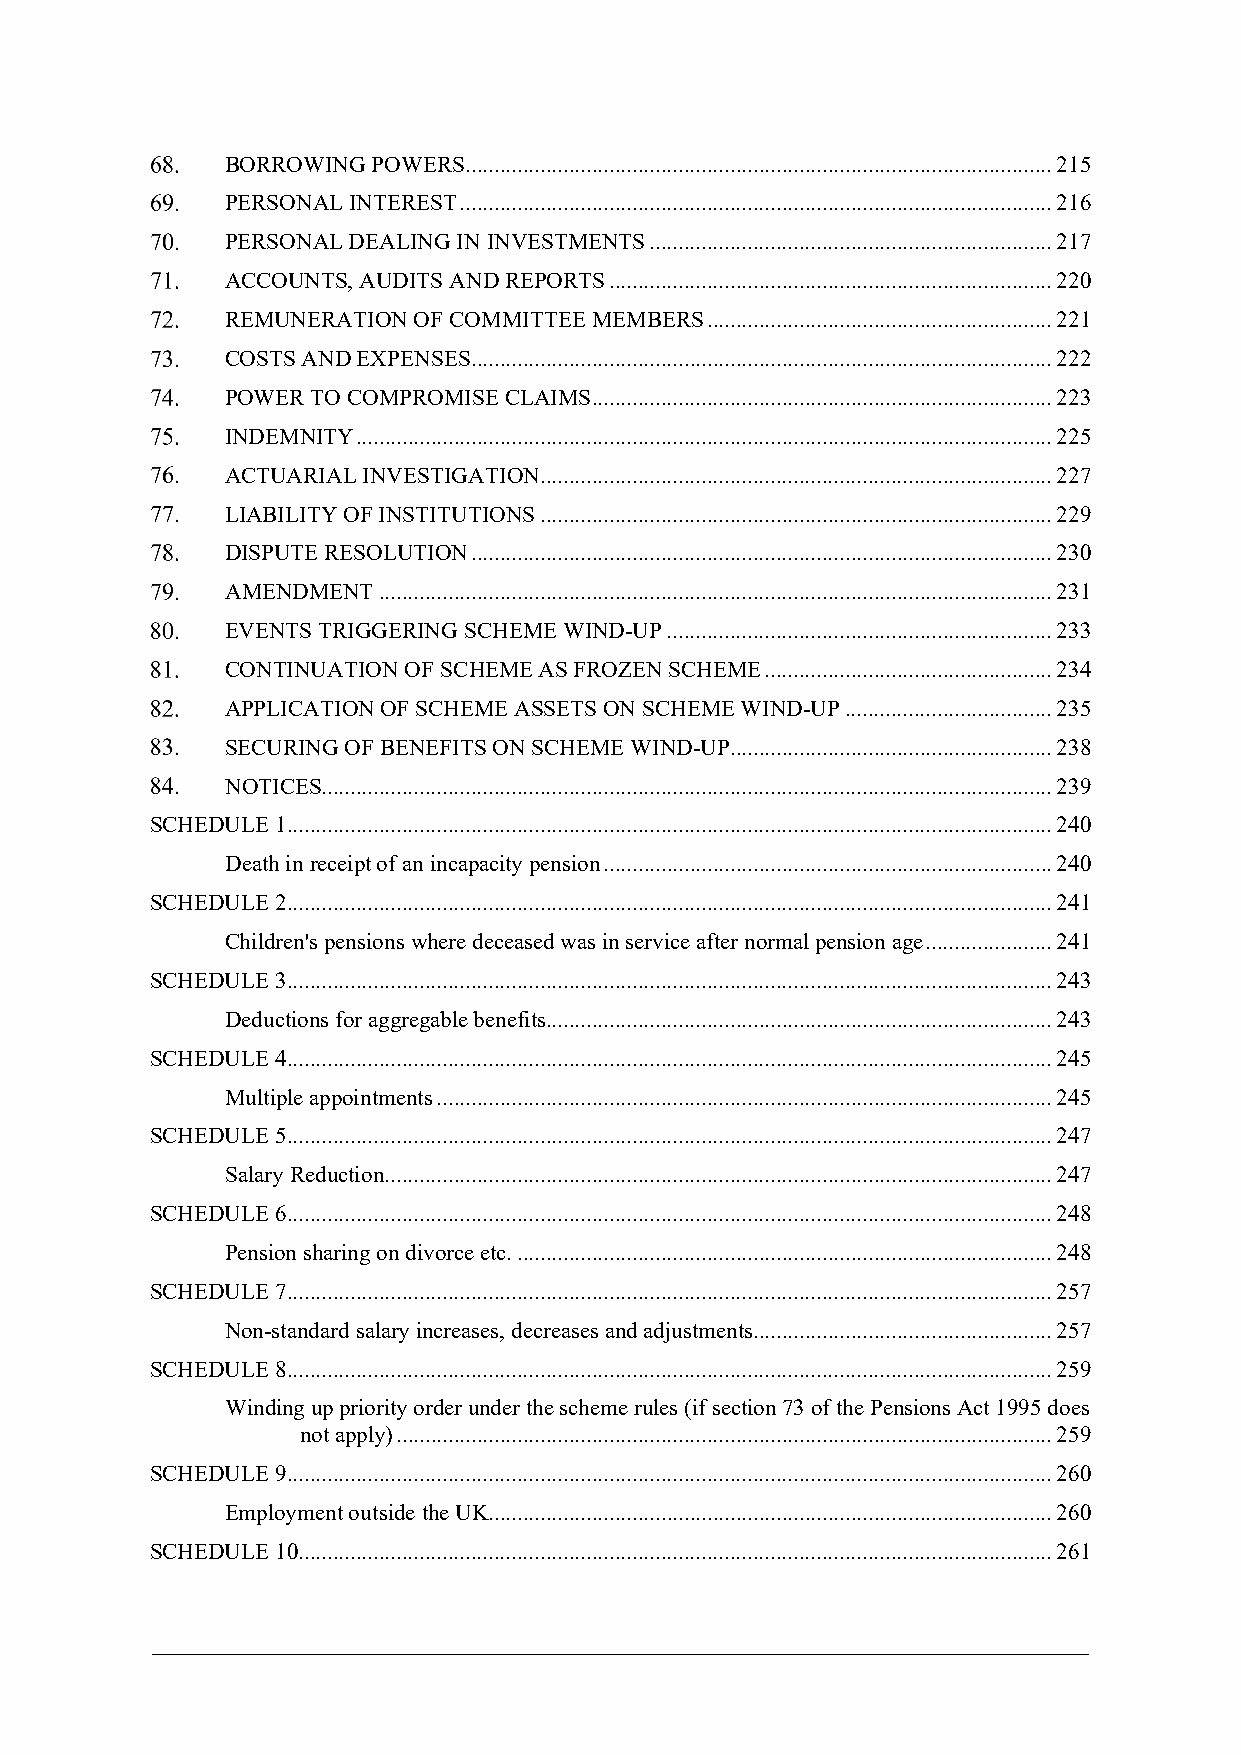
BORROWING POWERS ...................................................................................................... 215
 PERSONAL INTEREST ....................................................................................................... 216
 PERSONAL DEALING IN INVESTMENTS ...................................................................... 217
 ACCOUNTS, AUDITS AND REPORTS ............................................................................. 220
 REMUNERATION OF COMMITTEE MEMBERS ............................................................ 221
 COSTS AND EXPENSES ..................................................................................................... 222
 POWER TO COMPROMISE CLAIMS ................................................................................ 223
 INDEMNITY ......................................................................................................................... 225
 ACTUARIAL INVESTIGATION ......................................................................................... 227
 LIABILITY OF INSTITUTIONS ......................................................................................... 229
 DISPUTE RESOLUTION ..................................................................................................... 230
 AMENDMENT ..................................................................................................................... 231
 EVENTS TRIGGERING SCHEME WIND-UP ................................................................... 233
 CONTINUATION OF SCHEME AS FROZEN SCHEME .................................................. 234
 APPLICATION OF SCHEME ASSETS ON SCHEME WIND-UP .................................... 235
 SECURING OF BENEFITS ON SCHEME WIND-UP ........................................................ 238
 NOTICES ............................................................................................................................... 239
 SCHEDULE 1 ..................................................................................................................................... 240
 Death in receipt of an incapacity pension .............................................................................. 240
 SCHEDULE 2 ..................................................................................................................................... 241
 Children's pensions where deceased was in service after normal pension age ...................... 241
 SCHEDULE 3 ..................................................................................................................................... 243
 Deductions for aggregable benefits........................................................................................ 243
 SCHEDULE 4 ..................................................................................................................................... 245
 Multiple appointments ........................................................................................................... 245
 SCHEDULE 5 ..................................................................................................................................... 247
 Salary Reduction .................................................................................................................... 247
 SCHEDULE 6 ..................................................................................................................................... 248
 Pension sharing on divorce etc. ............................................................................................. 248
 SCHEDULE 7 ..................................................................................................................................... 257
 Non-standard salary increases, decreases and adjustments.................................................... 257
 SCHEDULE 8 ..................................................................................................................................... 259
 Winding up priority order under the scheme rules (if section 73 of the Pensions Act 1995 does
 not apply) .................................................................................................................. 259
 SCHEDULE 9 ..................................................................................................................................... 260
 Employment outside the UK .................................................................................................. 260
 SCHEDULE 10 ................................................................................................................................... 261